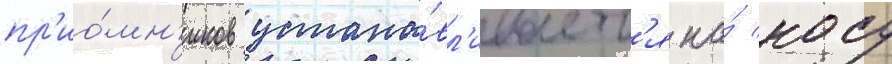
пр'ио́мн'иков устана́вл'иваетс'я на́ носу